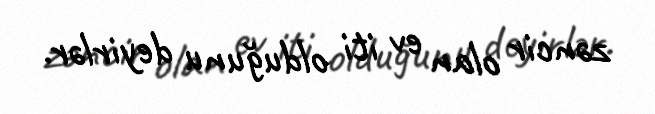
zəncir olan ev iti olduğunu deyirlər.